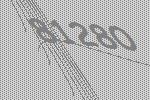
81280